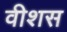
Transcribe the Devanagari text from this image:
वीशस